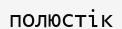
полюстік